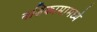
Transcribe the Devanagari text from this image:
नक्षिकामामध्ये